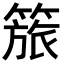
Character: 𥰠